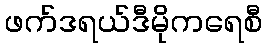
ဖက်ဒရယ်ဒီမိုကရေစီ